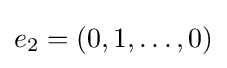
e_{2}=(0,1,\ldots ,0)